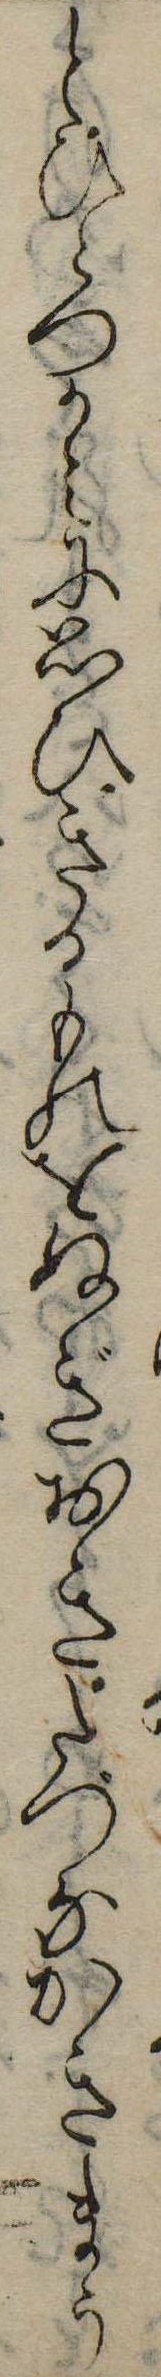
とひとつかとに思ひきるものをぬぎおきたづなかきまう